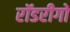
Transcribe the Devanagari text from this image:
रॉडरीगो